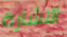
الاشارة